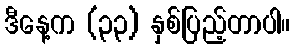
ဒီနေ့က (၃၃) နှစ်ပြည့်တာပါ။